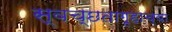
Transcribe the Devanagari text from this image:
स्वच्छतागृहाच्या